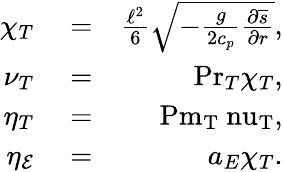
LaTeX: \begin{array}{rlr}{\chi_{T}}&{{}=}&{\frac{\ell^{2}}{6}\sqrt{-\frac{g}{2c_{p}}\frac{\partial\overline{{s}}}{\partial r}},}\\ {\nu_{T}}&{{}=}&{\mathrm{Pr}_{T}\chi_{T},}\\ {\eta_{T}}&{{}=}&{\mathrm{Pm_{T}\ nu_{T}},}\\ {\eta_{\mathcal{E}}}&{{}=}&{a_{E}\chi_{T}.}\end{array}